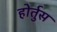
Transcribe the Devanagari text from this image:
होर्तुस